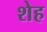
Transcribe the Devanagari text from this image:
शेह